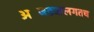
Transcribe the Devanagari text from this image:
अजिंठ्यालगतच